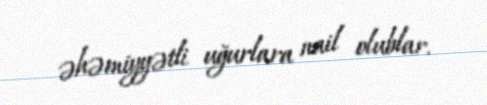
əhəmiyyətli uğurlara nail olublar.